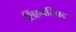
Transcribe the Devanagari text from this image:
सिंहपरिषद